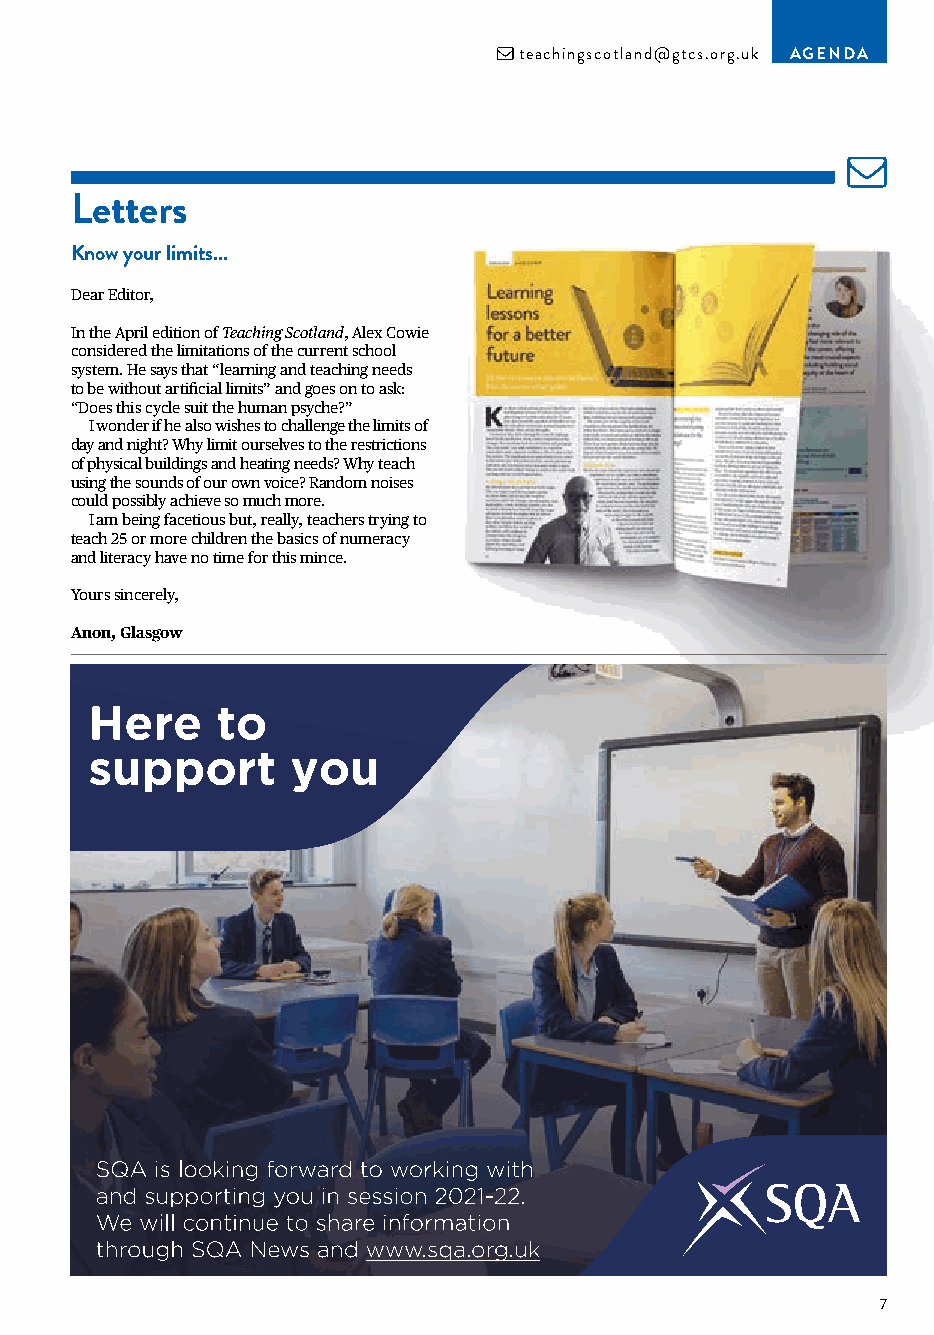
 teachingscotland@gtcs.org.uk AGENDA
 Letters
 Know your limits...
 Dear Editor,
 In the April edition of Teaching Scotland, Alex Cowie
 considered the limitations of the current school
 system. He says that “learning and teaching needs
 to be without artificial limits” and goes on to ask:
 “Does this cycle suit the human psyche?”
 I wonder if he also wishes to challenge the limits of
 day and night? Why limit ourselves to the restrictions
 of physical buildings and heating needs? Why teach
 using the sounds of our own voice? Random noises
 could possibly achieve so much more.
 I am being facetious but, really, teachers trying to
 teach 25 or more children the basics of numeracy
 and literacy have no time for this mince.
 Yours sincerely,
 Anon, Glasgow
 7